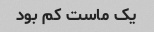
یک ماست کم بود